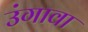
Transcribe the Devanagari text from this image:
उंगावा